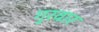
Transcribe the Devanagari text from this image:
गुरवार